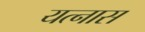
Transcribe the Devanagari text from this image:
यत्नास